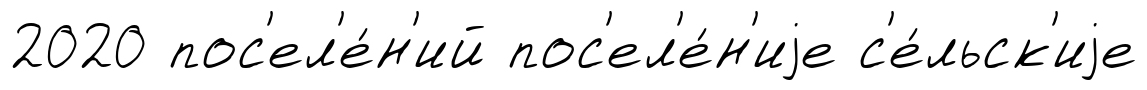
2020 пос'ел'е́н'ий пос'ел'е́н'иjе с'е́льск'иjе